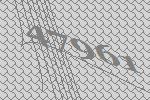
47961